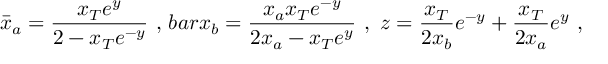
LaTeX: \bar { x } _ { a } = { \frac { x _ { T } e ^ { y } } { 2 - x _ { T } e ^ { - y } } } \ , \, b a r x _ { b } = { \frac { x _ { a } x _ { T } e ^ { - y } } { 2 x _ { a } - x _ { T } e ^ { y } } } \ , \ z = { \frac { x _ { T } } { 2 x _ { b } } } e ^ { - y } + { \frac { x _ { T } } { 2 x _ { a } } } e ^ { y } \ ,